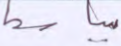
بباسط